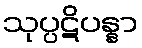
သုပ္ပဋိပန္နာ